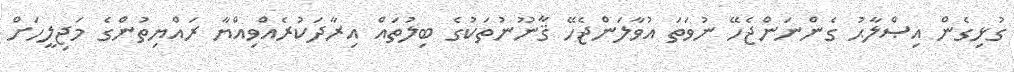
ގުޅިގެން އިޞްލާޙު ގެންނަންޖެހޭ ނުވަތަ އުވާލަންޖެހޭ ޤާނޫނުތަކުގެ ބިލުތައް އިރާދަކުރެއްވިއްޔާ ރައްޔިތުންގެ މަޖިލީހަށް